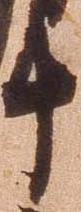
十